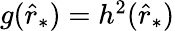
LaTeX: \begin{array}{r}{g(\hat{r}_{*})=h^{2}(\hat{r}_{*})}\end{array}